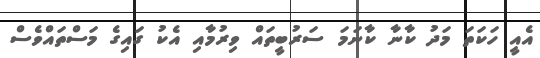
އެއީ ހަކަތަ މަދު ކާނާ ކާނަމަ ސަރުބީތައް ވިރުމާއި އެކު ގައިގެ މަސްތައްވެސް